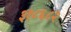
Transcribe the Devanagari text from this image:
३१८६८२